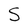
Character: S